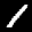
Label: 1